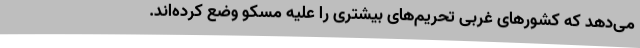
می‌دهد که کشورهای غربی تحریم‌های بیشتری را علیه مسکو وضع کرده‌اند.